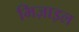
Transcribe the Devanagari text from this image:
मिज़ाइल